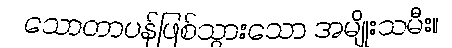
သောတာပန်ဖြစ်သွားသော အမျိုးသမီး။